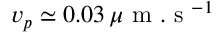
v _ { p } \simeq 0 . 0 3 \, \mu \mathrm { ~ m ~ . ~ s ~ } ^ { - 1 }